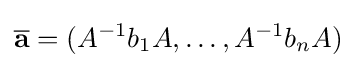
{\overline {\bf {a}}}=(A^{-1}b_{1}A,\ldots ,A^{-1}b_{n}A)